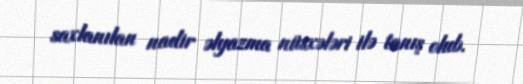
saxlanılan nadir əlyazma nüsxələri ilə tanış olub.